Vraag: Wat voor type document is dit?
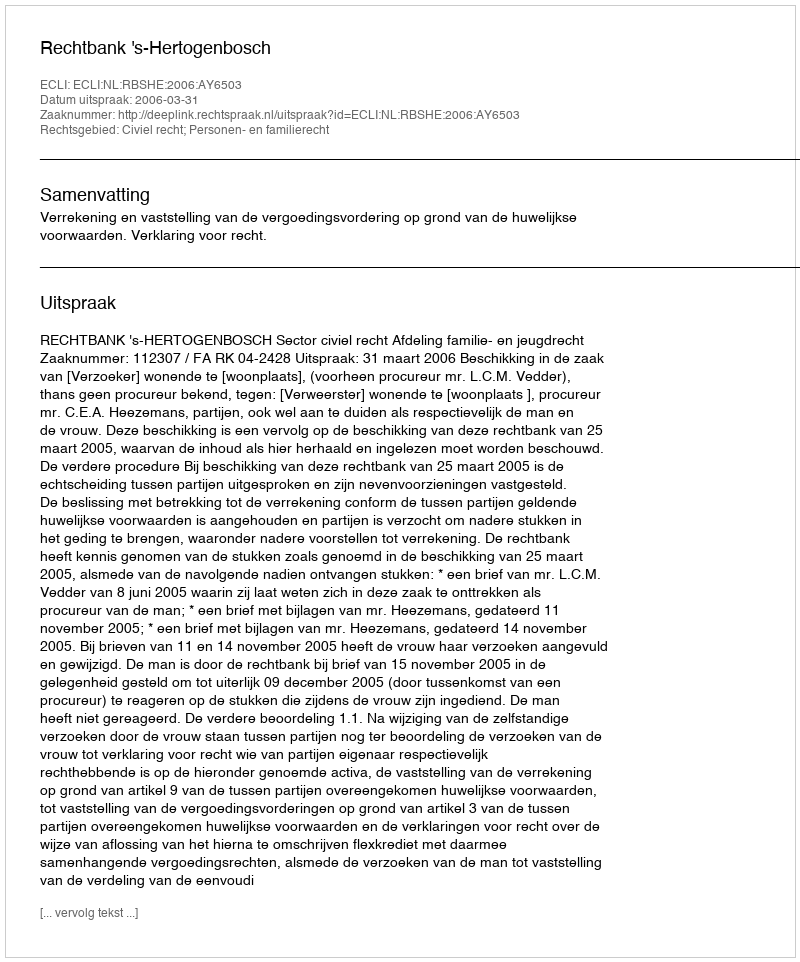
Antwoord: Uitspraak